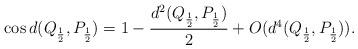
LaTeX: \begin{align*}\cos d(Q_{\frac{1}{2}}, P_{\frac{1}{2}}) = 1 - \frac{d^2(Q_{\frac{1}{2}}, P_{\frac{1}{2}} )}{2} + O(d^4(Q_{\frac{1}{2}}, P_{\frac{1}{2}} ) ).\end{align*}